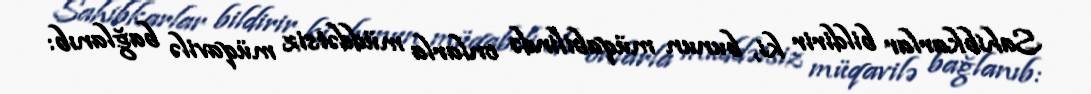
Sahibkarlar bildirir ki, bunun müqabilində onlarla müddətsiz müqavilə bağlanıb: